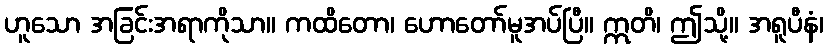
ဟူသော အခြင်းအရာကိုသာ။ ကထိတော၊ ဟောတော်မူအပ်ပြီ။ ဣတိ၊ ဤသို့။ အရူပီနံ၊